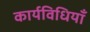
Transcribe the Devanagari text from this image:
कार्यविधियाँ